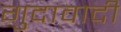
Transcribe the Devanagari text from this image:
गुदावादी